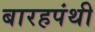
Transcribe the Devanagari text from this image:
बारहपंथी